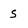
Character: S